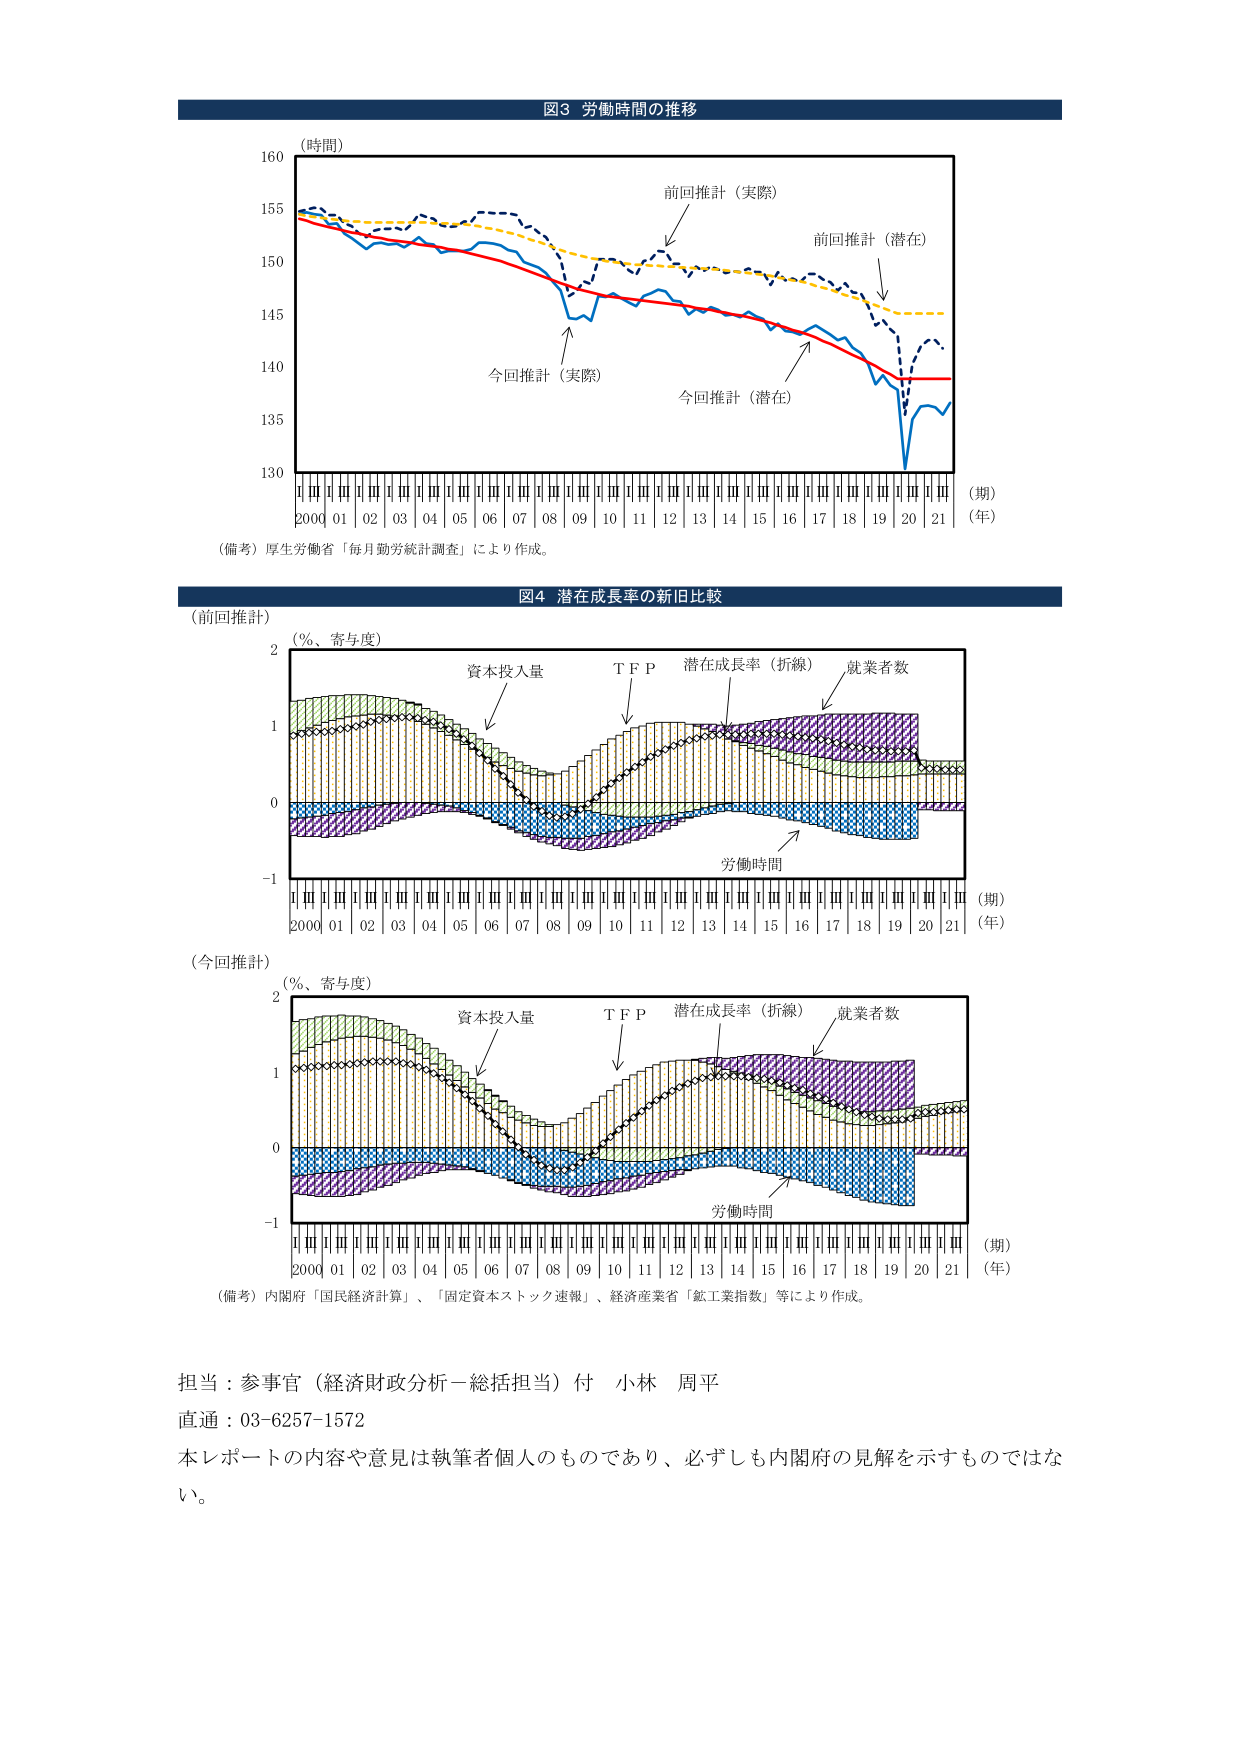
図3 労働時間の推移
（時間）
160
155
150
145
140
135
130
前回推計（実際）
前回推計（潜在）
今回推計（実際）
今回推計（潜在）
2000 01 02 03 04 05 06 07 08 09 10 11 12 13 14 15 16 17 18 19 20 21
（期）
（年）
（備考）厚生労働省「毎月勤労統計調査」により作成。

図4 潜在成長率の新旧比較
（前回推計）
（％、寄与度）
2
1
0
-1
資本投入量
T F P
潜在成長率（折線）
就業者数
労働時間
2000 01 02 03 04 05 06 07 08 09 10 11 12 13 14 15 16 17 18 19 20 21
（期）
（年）
（今回推計）
（％、寄与度）
2
1
0
-1
資本投入量
T F P
潜在成長率（折線）
就業者数
労働時間
2000 01 02 03 04 05 06 07 08 09 10 11 12 13 14 15 16 17 18 19 20 21
（期）
（年）
（備考）内閣府「国民経済計算」、「固定資本ストック速報」、経済産業省「鉱工業指数」等により作成。

担当：参事官（経済財政分析－総括担当）付 小林 周平
直通：03-6257-1572
本レポートの内容や意見は執筆者個人のものであり、必ずしも内閣府の見解を示すものではない。